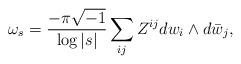
LaTeX: \begin{align*}\omega_{s} =\frac{-\pi \sqrt{-1}}{ \log |s|}\sum_{ij} Z ^{ij} dw_{i}\wedge d\bar w_{j}, \end{align*}